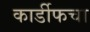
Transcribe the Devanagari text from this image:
कार्डीफचा